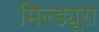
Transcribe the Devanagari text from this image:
मिल्ड्यूरा